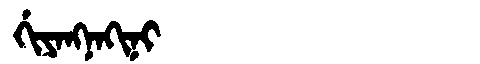
Manchu: ᡤᡳᠶᠠᠩᠨᠠᡴᡳᠨᡳ
Romanization: GIYANGNAKINI